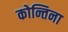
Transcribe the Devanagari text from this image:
कोन्तिना